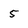
Character: 5